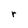
Character: r